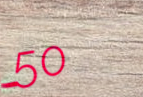
50%